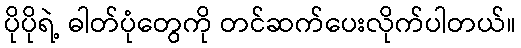
ပိုပိုရဲ့ ဓါတ်ပုံတွေကို တင်ဆက်ပေးလိုက်ပါတယ်။